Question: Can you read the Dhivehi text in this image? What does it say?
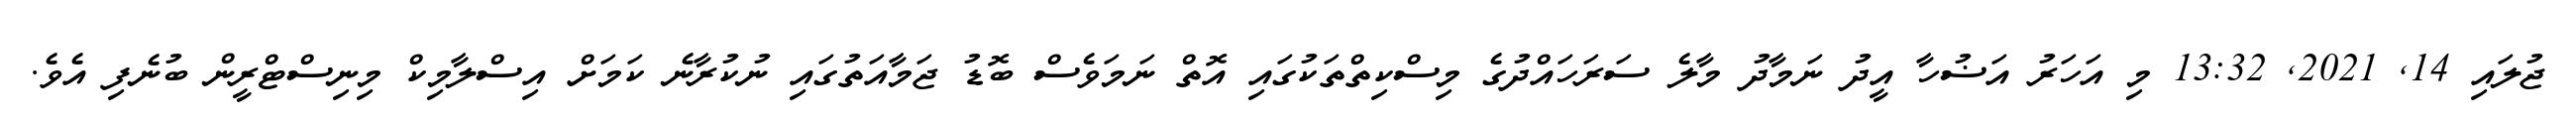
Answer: ޖުލައި 14, 2021, 13:32 މި އަހަރު އަޟުހާ އީދު ނަމާދު މާލެ ސަރަހައްދުގެ މިސްކިތްތަކުގައި އޮތް ނަމަވެސް ބޮޑު ޖަމާއަތުގައި ނުކުރާނެ ކަމަށް އިސްލާމިކް މިނިސްޓްރީން ބުނެފި އެވެ.